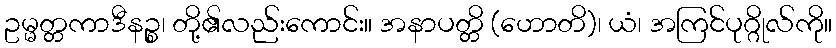
ဥမ္မတ္တကာဒီနဉ္စ၊ တို့၏လည်းကောင်း။ အနာပတ္တိ (ဟောတိ)၊ ယံ၊ အကြင်ပုဂ္ဂိုလ်ကို။